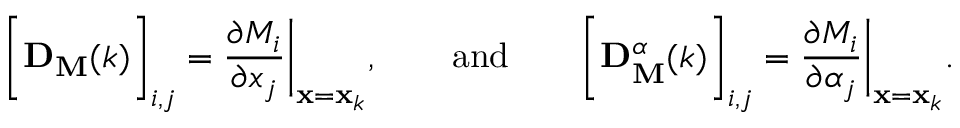
\bigg [ \mathbf { D } _ { \mathbf { M } } ( k ) \bigg ] _ { i , j } = \frac { \partial M _ { i } } { \partial x _ { j } } \bigg | _ { \mathbf { x } = \mathbf { x } _ { k } } , \qquad \mathrm { a n d } \qquad \bigg [ \mathbf { D } _ { \mathbf { M } } ^ { \boldsymbol { \alpha } } ( k ) \bigg ] _ { i , j } = \frac { \partial M _ { i } } { \partial \alpha _ { j } } \bigg | _ { \mathbf { x } = \mathbf { x } _ { k } } .